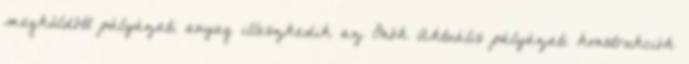
megküldött pályázati anyag illeszkedik az Önök Aktuális pályázati konstrukciók